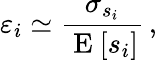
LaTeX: \varepsilon_{i}\simeq\frac{\sigma_{s_{i}}}{\mathrm{~E~}[s_{i}]}\, ,